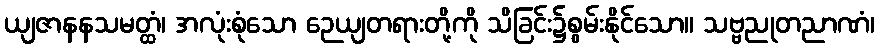
ယျဇာနနသမတ္ထံ၊ အလုံးစုံသော ဉေယျတရားတို့ကို သိခြင်း၌စွမ်းနိုင်သော။ သဗ္ဗညုတညာဏံ၊